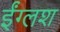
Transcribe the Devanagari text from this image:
ईंग्लश